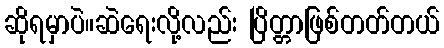
ဆိုရမှာပဲ။ဆဲရေးလို့လည်း ပြိတ္တာဖြစ်တတ်တယ်